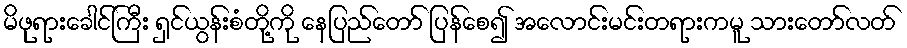
မိဖုရားခေါင်ကြီး ရှင်ယွန်းစံတို့ကို နေပြည်တော် ပြန်စေ၍ အလောင်းမင်းတရားကမူ သားတော်လတ်